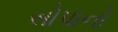
સોપાનો